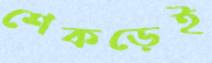
শেকড়েই